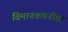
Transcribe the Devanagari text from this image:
विमानकंपनीचा